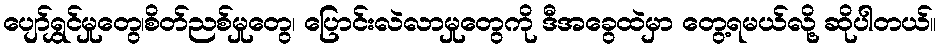
ပျော်ရွှင်မှုတွေ၊စိတ်ညစ်မှုတွေ၊ ပြောင်းလဲလာမှုတွေကို ဒီအခွေထဲမှာ တွေ့ရမယ်လို့ ဆိုပါတယ်။